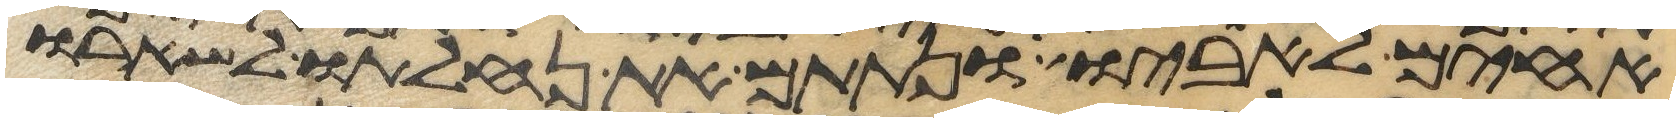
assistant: אחים לאביו ונתתם את נחלתו לשארו